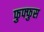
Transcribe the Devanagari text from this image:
फुफ्‍फुस